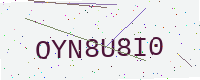
Text: OYN8U8I0